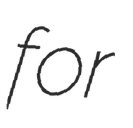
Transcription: for